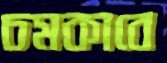
চমকাবে